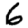
Digit: 6